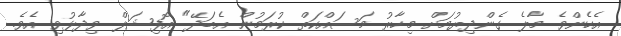
އެހެންވެ މާލެ ގެންދިޔުމަށް މިހާރު މަސައްކަތް ކުރަމުން އެބަދޭ" އޮފިޝަލް ވިދާޅުވި އެވެ.